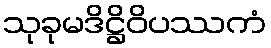
သုခုမဒိဋ္ဌိဝိပဿကံ